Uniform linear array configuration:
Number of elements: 8
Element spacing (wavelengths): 0.25
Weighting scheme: blackman
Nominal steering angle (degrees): -45
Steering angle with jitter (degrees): -44.313
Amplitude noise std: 0.05
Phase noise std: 0.05

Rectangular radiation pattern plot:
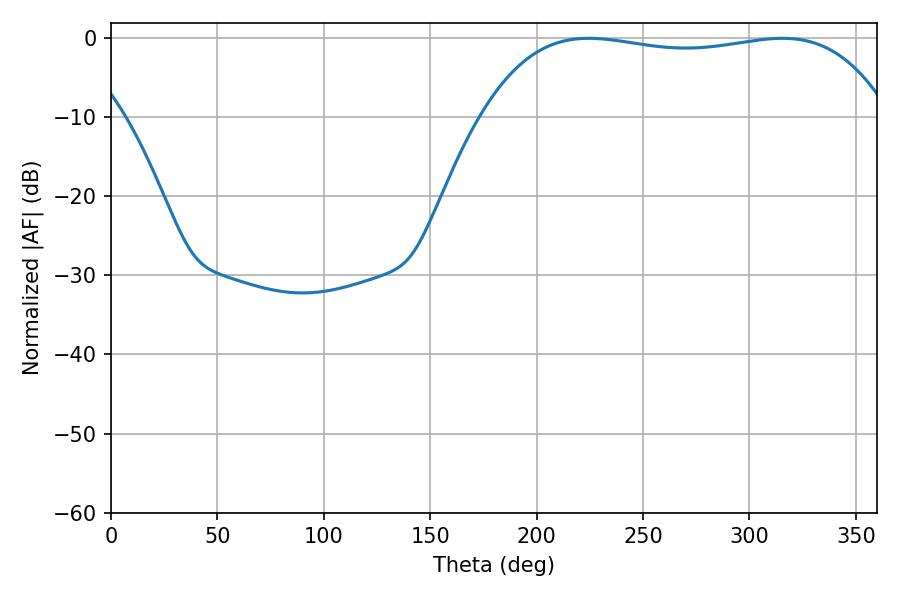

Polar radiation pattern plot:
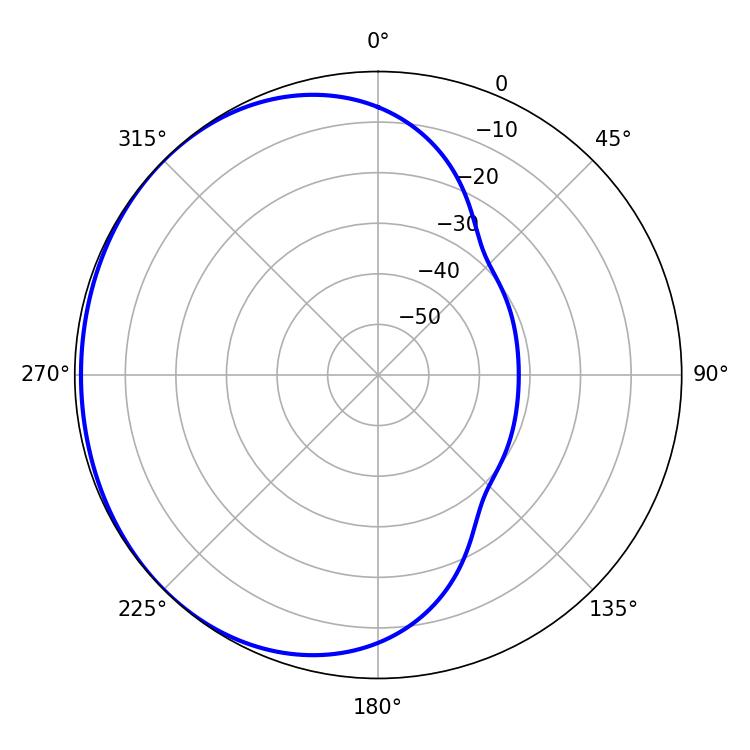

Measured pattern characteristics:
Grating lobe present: FALSE
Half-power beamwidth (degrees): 152.64
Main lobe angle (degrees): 224.46